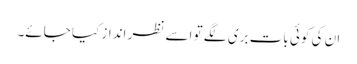
ان کی کوئی بات بری لگے تو اسے نظر انداز کیا جائے۔